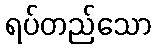
ရပ်တည်သော